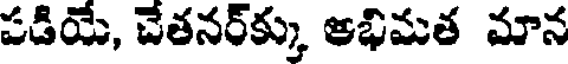
పడియే, చేతనర్క్కు ఆభిమత మాన